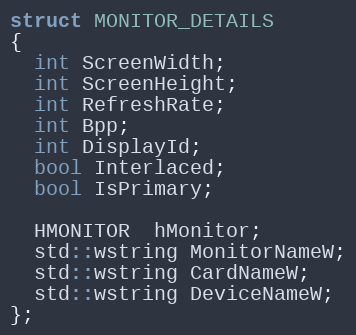
Language: C
struct MONITOR_DETAILS
{
  int ScreenWidth;
  int ScreenHeight;
  int RefreshRate;
  int Bpp;
  int DisplayId;
  bool Interlaced;
  bool IsPrimary;

  HMONITOR  hMonitor;
  std::wstring MonitorNameW;
  std::wstring CardNameW;
  std::wstring DeviceNameW;
};